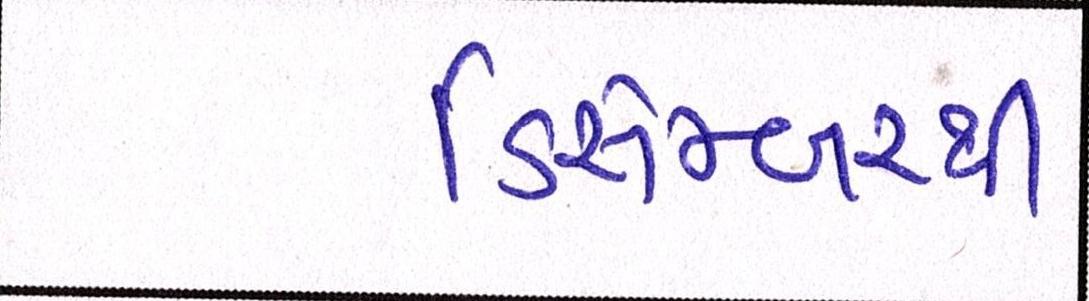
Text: ડિસેમ્બરની